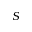
S